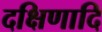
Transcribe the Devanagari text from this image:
दक्षिणादि